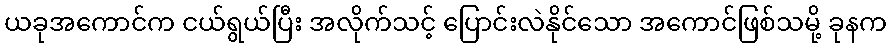
ယခုအကောင်က ငယ်ရွယ်ပြီး အလိုက်သင့် ပြောင်းလဲနိုင်သော အကောင်ဖြစ်သမို့ ခုနက